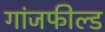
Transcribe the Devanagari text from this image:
गांजफील्ड